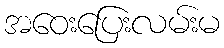
အဝေးပြေးလမ်းမ